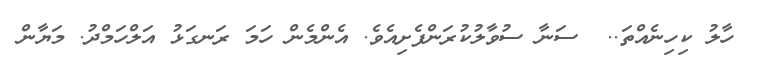
ހާލު ކިހިނެއްތަ..  ސަނާ ސުވާލުކުރަންފެށިއެވެ. އެންމެން ހަމަ ރަނގަޅު އަލްހަމްދު. މަޔާން